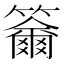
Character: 𥷄